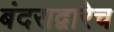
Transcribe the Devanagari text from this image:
बंदराद्वारेच